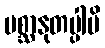
ပစ္ဆာနုတပ္ပါမိ